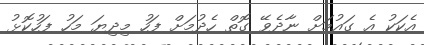
އެކަކު އެ ގައުމަށް ނާދެވޭ ގޮތް ހެދުމަށް ފަހު މިދިޔަ މަހު ފަހުކޮޅު